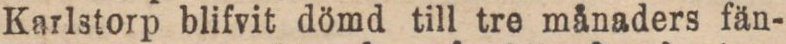
Karlstorp blifvit dömd till tre månaders fän-